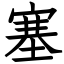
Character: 塞